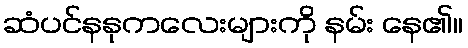
ဆံပင်နနုကလေးများကို နမ်း နေ၏။